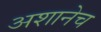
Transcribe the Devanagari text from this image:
अशानेच